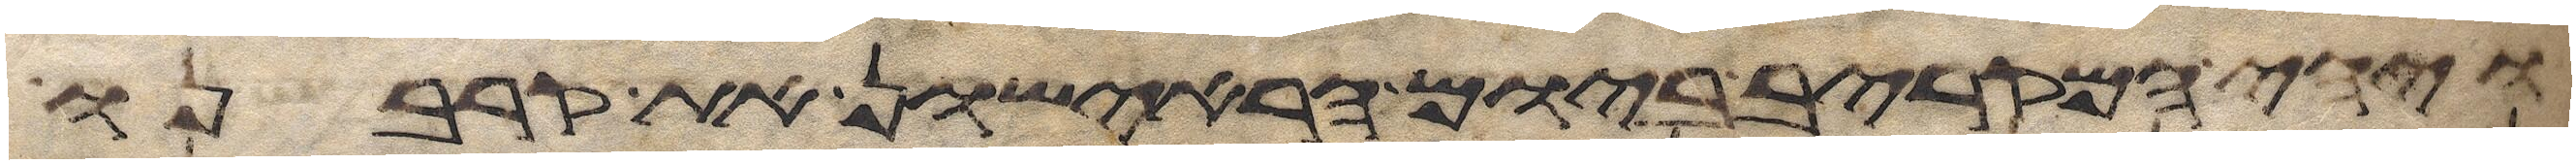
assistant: ויהי המקריב ביום הראישון את קרבנו